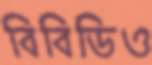
বিবিডিও